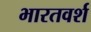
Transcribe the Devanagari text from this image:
भारतवर्श